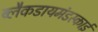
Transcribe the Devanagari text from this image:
ब्लैकडायमंडस्काई